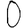
Digit: 0